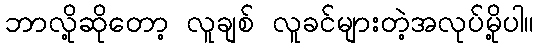
ဘာလို့ဆိုတော့ လူချစ် လူခင်များတဲ့အလုပ်မို့ပါ။